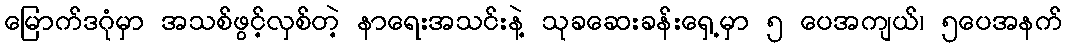
မြောက်ဒဂုံမှာ အသစ်ဖွင့်လှစ်တဲ့ နာရေးအသင်းနဲ့ သုခဆေးခန်းရှေ့မှာ ၅ ပေအကျယ်၊ ၅ပေအနက်